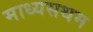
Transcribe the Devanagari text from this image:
माध्यसथम